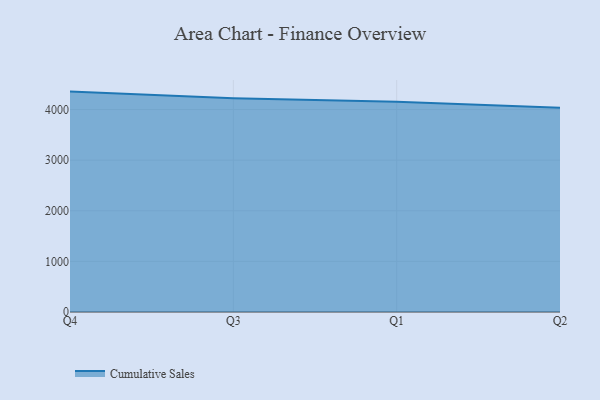
{"axis": {"x": "Quarter", "y": "Website Visitors"}, "legend": ["Cumulative Sales"], "data": [{"x": "Q4", "y": 4354.5, "type": "Cumulative Sales"}, {"x": "Q3", "y": 4221.7, "type": "Cumulative Sales"}, {"x": "Q1", "y": 4154.5, "type": "Cumulative Sales"}, {"x": "Q2", "y": 4035.5, "type": "Cumulative Sales"}]}